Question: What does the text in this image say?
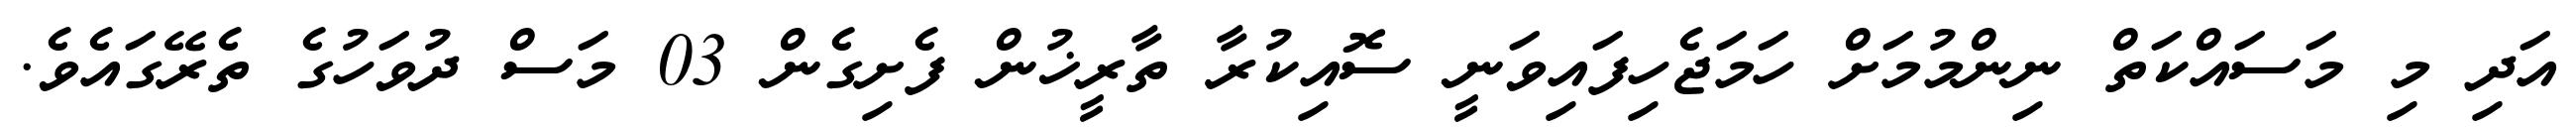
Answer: އަދި މި މަސައްކަތް ނިންމުމަށް ހަމަޖެހިފައިވަނީ ސޮއިކުރާ ތާރީޚުން ފެށިގެން 03 މަސް ދުވަހުގެ ތެރޭގައެވެ.